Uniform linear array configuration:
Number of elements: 32
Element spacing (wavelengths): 0.25
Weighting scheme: hamming
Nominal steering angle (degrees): -30
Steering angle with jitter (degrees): -29.992
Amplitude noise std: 0.05
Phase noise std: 0.05

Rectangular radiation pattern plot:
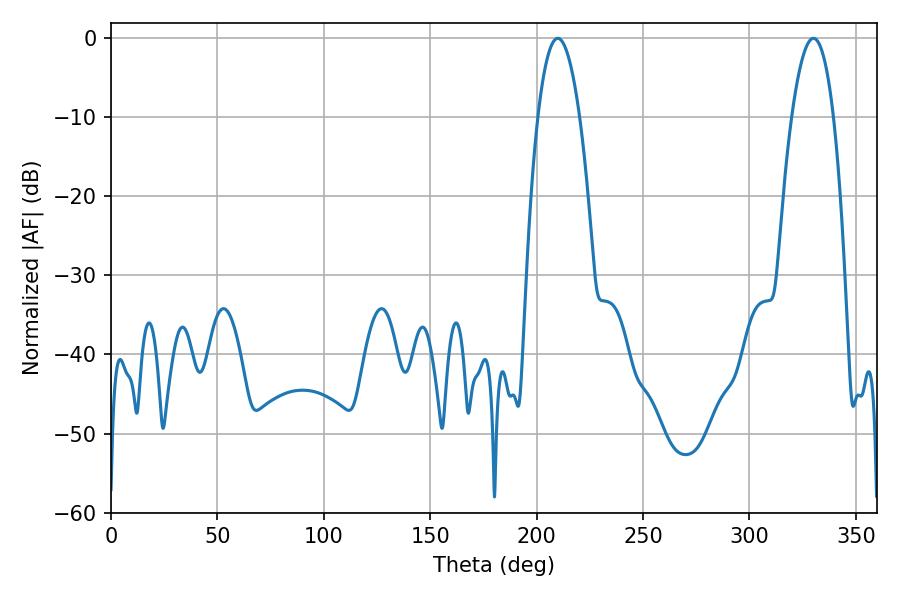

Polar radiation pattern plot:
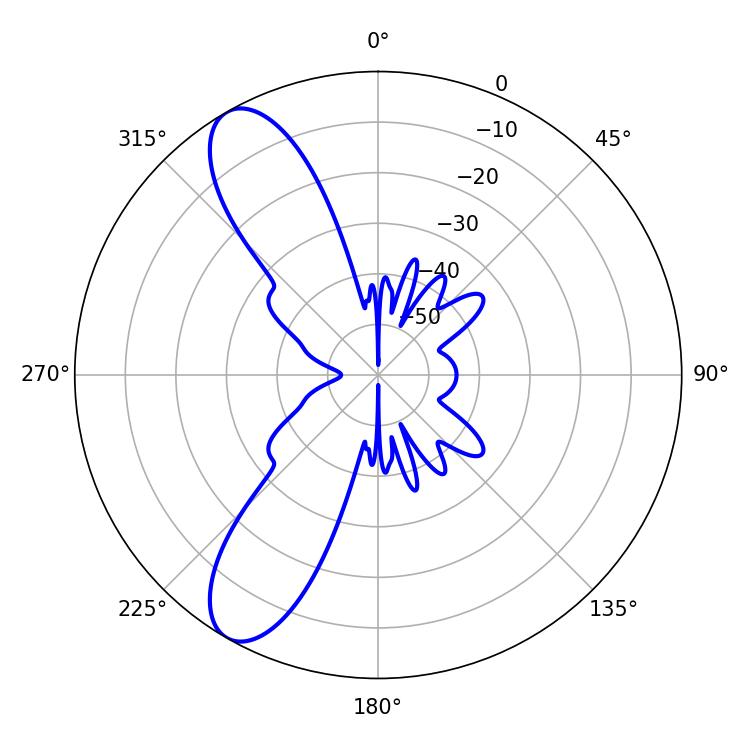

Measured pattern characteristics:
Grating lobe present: FALSE
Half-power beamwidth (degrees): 10.8
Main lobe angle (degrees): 209.88